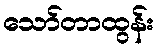
သော်တာထွန်း